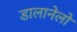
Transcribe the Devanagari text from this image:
डालानेलो